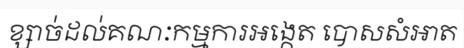
ខ្សាច់ដល់គណៈកម្មការអង្កេត បោសសំអាត